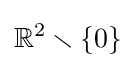
\mathbb {R} ^{2}\smallsetminus \lbrace 0\rbrace